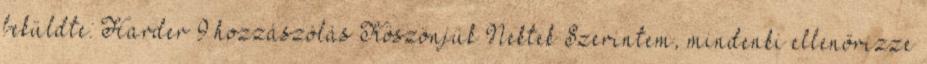
beküldte: Harder 9 hozzászólás Köszönjük Nektek Szerintem, mindenki ellenőrizze